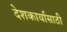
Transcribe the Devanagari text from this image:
देशकार्यासाठी